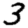
Digit: 3